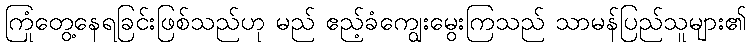
ကြုံတွေ့နေရခြင်းဖြစ်သည်ဟု မည် ဧည့်ခံကျွေးမွေးကြသည် သာမန်ပြည်သူများ၏